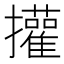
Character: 㩲